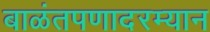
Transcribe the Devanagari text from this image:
बाळंतपणादरम्यान